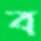
ব